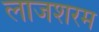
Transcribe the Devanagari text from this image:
लाजशरम